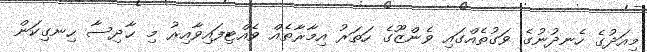
މިއަދުގެ ހެނދުނުގެ ވަގުތެއްގައި ވެންޒޫގެ ހަތަރު އިމާރާތެއް ވެއްޓިފައިވާއިރު މި ޙާދިސާ ހިނގިކަން